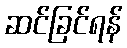
ဆင်ခြင်ရန်